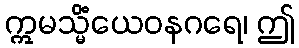
ဣမသ္မိံယေဝနဂရေ၊ ဤ